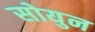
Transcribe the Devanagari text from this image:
सोयुन